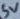
Text: 5V